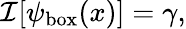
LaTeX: \mathcal{I}[\psi_{\mathrm{{box}}}(x)]=\gamma,